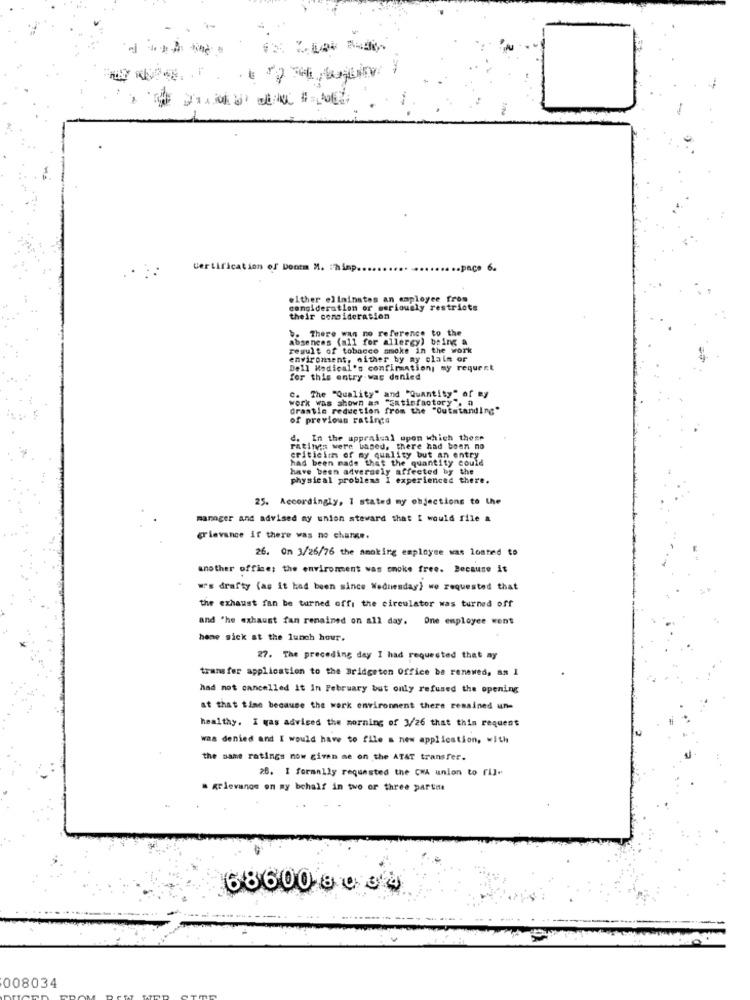
Certification of Doomm M. : himp.
once 6.
either eliminates an employee from
consideration or seriously restricts
their consideration
b. There was no reference to the
absences (all for allergy) being a
result of tobacco smoke in the work
enviroment, nither by my claim or
Dell Medical's confimation; my request
for this entry was denied
c. The "Quality" and "Quantity" of ny
werk was shown an "satisfactory . a
drastic reduction from the "Outstanding"
of previous ratings
d. In the appraisal upon which these
ratings were based, there had been no
had been made that the quantity could
criticimm of my quality but an entry
have been adversely affected by the
physical problems I experienced there.
25. Accordingly, 1 stated my objections to the
manager and advised my union steward that I would file a
grievance if there was no charge.
26. On 3/26/76 the smoking employee was loated to
another office; the enviroment was smoke free. Because it
w's drafty (as it had been since Wednesday) we requested that
the exhaust fan be turned offi the circulator was turned off
and 'he exhaust fan remained on all day. One employee went
home sick at the lunch hour.
27. The preceding day I had requested that ny
transfer application to the Bridgeton Office be renewed, an I
had not cancelled it In February but only refused the opening
at that time because the work environment there remained un-
healthy. I was advised the morning of 3/26 that this request
was denied and I would have to file a new application, with
the same ratings now given me on the ATAT transfer.
28. I formally requested the CWA union to fil-
. grlevange on my behalf in two or three partita
686008034
008034